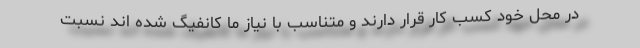
در محل خود کسب کار قرار دارند و متناسب با نیاز ما کانفیگ شده اند نسبت